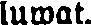
luwat.